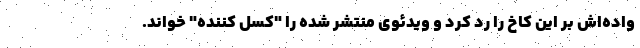
واده‌اش بر این کاخ را رد کرد و ویدئوی منتشر شده را "کسل کننده" خواند.